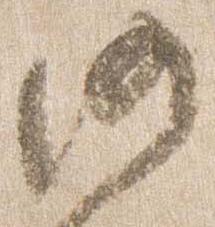
沙